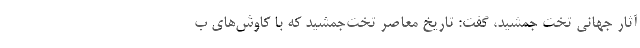
آثار جهانی تخت جمشید، گفت: تاریخ معاصر تخت‌جمشید که با کاوش‌های ب